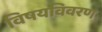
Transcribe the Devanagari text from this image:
विषयविवरण